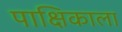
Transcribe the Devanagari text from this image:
पाक्षिकाला